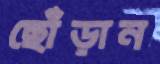
ছোঁড়ান